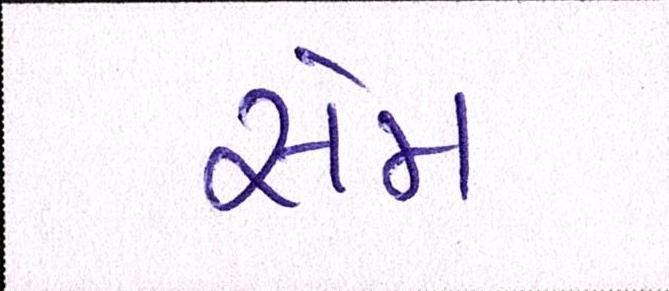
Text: સેમ